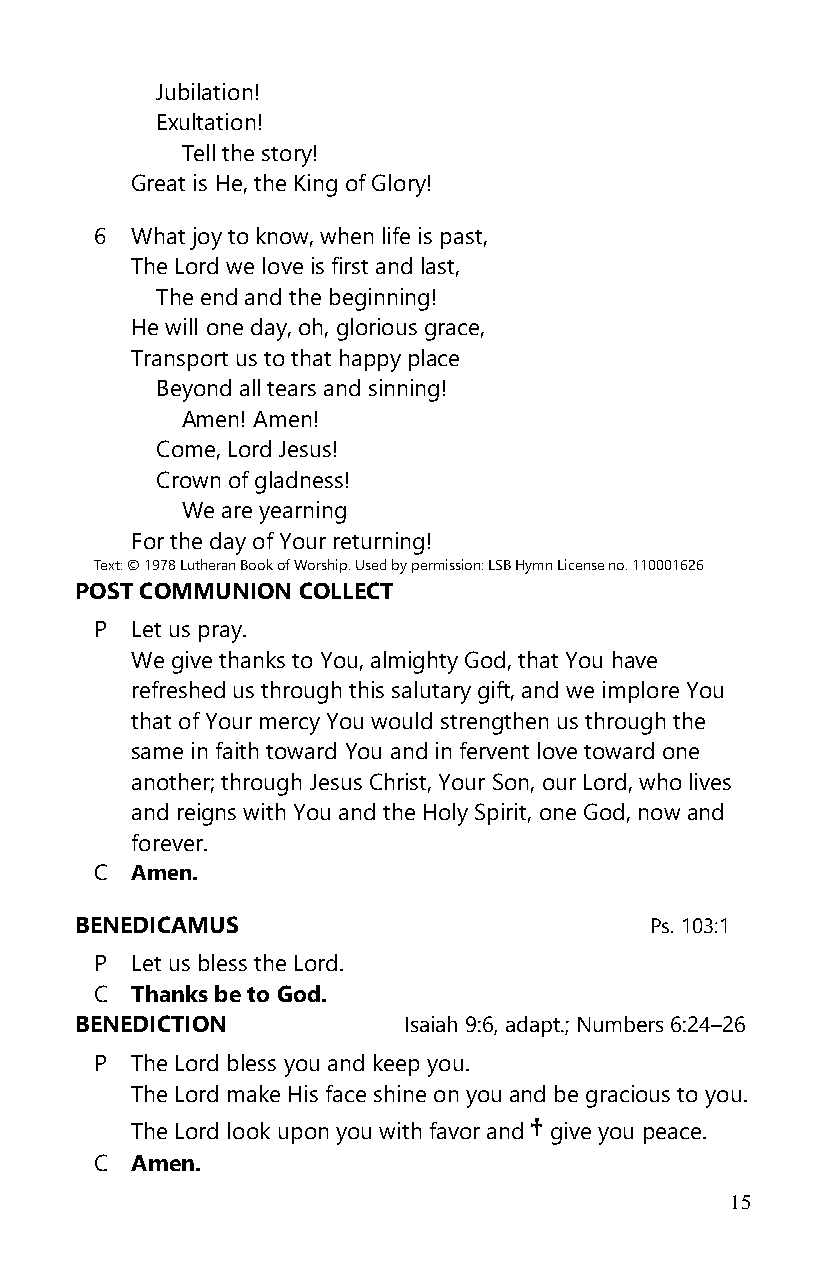
Jubilation!
 Exultation!
 Tell the story!
 Great is He, the King of Glory!
 6  What joy to know, when life is past,
 The Lord we love is first and last,
 The end and the beginning!
 He will one day, oh, glorious grace,
 Transport us to that happy place
 Beyond all tears and sinning!
 Amen! Amen!
 Come, Lord Jesus!
 Crown of gladness!
 We are yearning
 For the day of Your returning!
 Text: © 1978 Lutheran Book of Worship. Used by permission: LSB Hymn License no. 110001626
 POST COMMUNION COLLECT
 P  Let us pray.
 We give thanks to You, almighty God, that You have
 refreshed us through this salutary gift, and we implore You
 that of Your mercy You would strengthen us through the
 same in faith toward You and in fervent love toward one
 another; through Jesus Christ, Your Son, our Lord, who lives
 and reigns with You and the Holy Spirit, one God, now and
 forever.
 C  Amen.
 BENEDICAMUS                           Ps. 103:1
 P  Let us bless the Lord.
 C  Thanks be to God.
 BENEDICTION           Isaiah 9:6, adapt.; Numbers 6:24–26
 P  The Lord bless you and keep you.
 The Lord make His face shine on you and be gracious to you.
 The Lord look upon you with favor and † give you peace.
 C  Amen.
 15